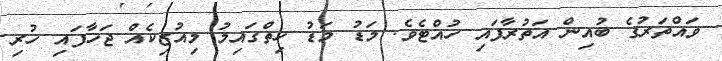
ވައްތަރުގެ ބުއިން އަތުރާފައި ހުއްޓެވެ. މަޑު މަޑު ހިތްގައިމު މިއުޒިކެއް ޖަހާފައި ހުރި